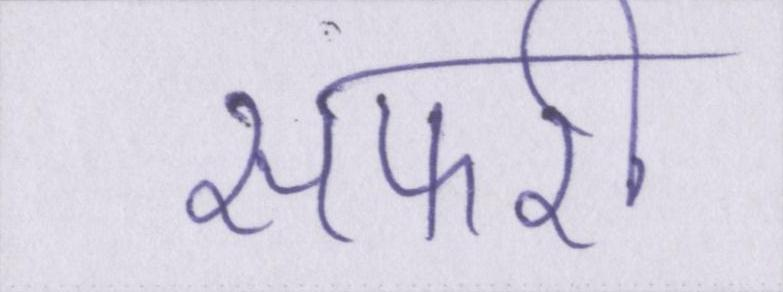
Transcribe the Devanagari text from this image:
सफारी